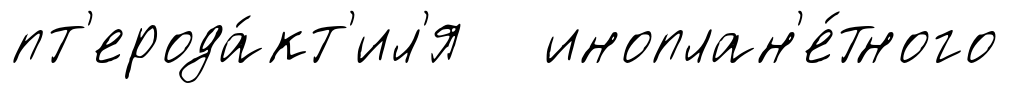
пт'ерода́кт'ил'я иноплан'е́тного